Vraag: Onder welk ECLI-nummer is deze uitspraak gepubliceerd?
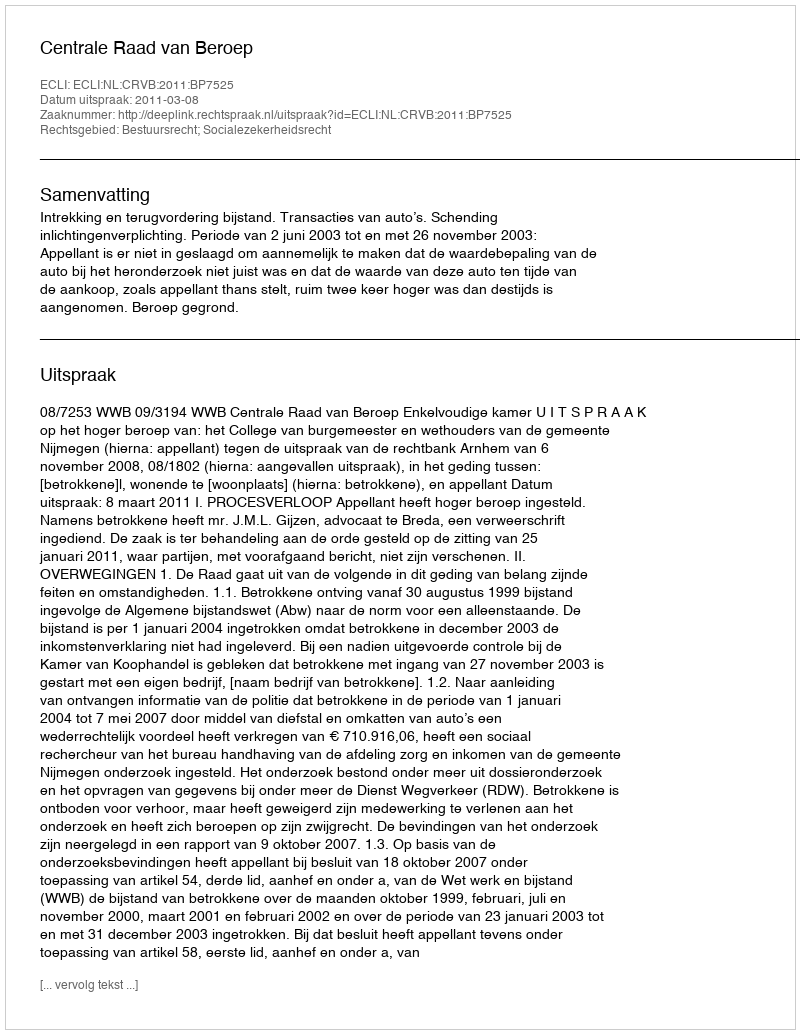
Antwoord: ECLI:NL:CRVB:2011:BP7525